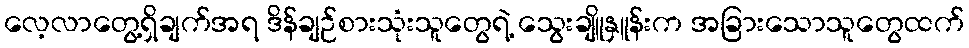
လေ့လာတွေ့ရှိချက်အရ ဒိန်ချဉ်စားသုံးသူတွေရဲ့ သွေးချိူနှူန်းက အခြားသောသူတွေထက်